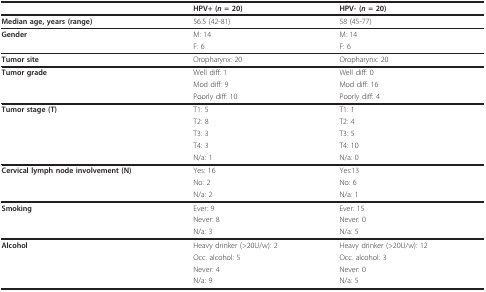
|  | HPV+ (n = 20) | HPV- (n = 20) |
 | --- | --- | --- |
 | Median age, years (range) | 56.5 (42-81) | 58 (45-77) |
 | Gender | M: 14 | M: 14 |
 |  | F: 6 | F: 6 |
 | Tumor site | Oropharynx: 20 | Oropharynx: 20 |
 | Tumor grade | Well diff: 1 | Well diff: 0 |
 |  | Mod diff: 9 | Mod diff: 16 |
 |  | Poorly diff: 10 | Poorly diff: 4 |
 | Tumor stage (T) | T1: 5 | T1: 1 |
 |  | T2: 8 | T2: 4 |
 |  | T3: 3 | T3: 5 |
 |  | T4: 3 | T4: 10 |
 |  | N/a: 1 | N/a: 0 |
 | Cervical lymph node involvement (N) | Yes: 16 | Yes:13 |
 |  | No: 2 | No: 6 |
 |  | N/a: 2 | N/a: 1 |
 | Smoking | Ever: 9 | Ever: 15 |
 |  | Never: 8 | Never: 0 |
 |  | N/a: 3 | N/a: 5 |
 | Alcohol | Heavy drinker (>20U/w): 2 | Heavy drinker (>20U/w): 12 |
 |  | Occ. alcohol: 5 | Occ. alcohol: 3 |
 |  | Never: 4 | Never: 0 |
 |  | N/a: 9 | N/a: 5 |